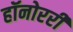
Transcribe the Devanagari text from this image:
हॉनोररी